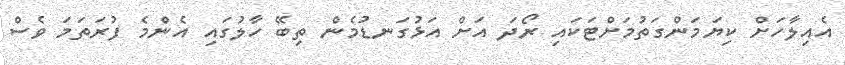
އެއިލާހަށް ކިޔަމަންގަތުމަށްޓަކައި ރޯދަ އަށް އަޅުގަނޑުމެން ތިބޭ ހާލުގައި އެންމެ ފުރަތަމަ ވެސް